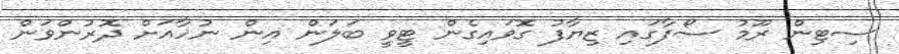
ސިޓިން ރޫމު ސޯފާގައި ޒިޔާފު ގޮވައިގެން ޓީވީ ބަލަން އިން ނުހާއަށް ދޮރުންވަން